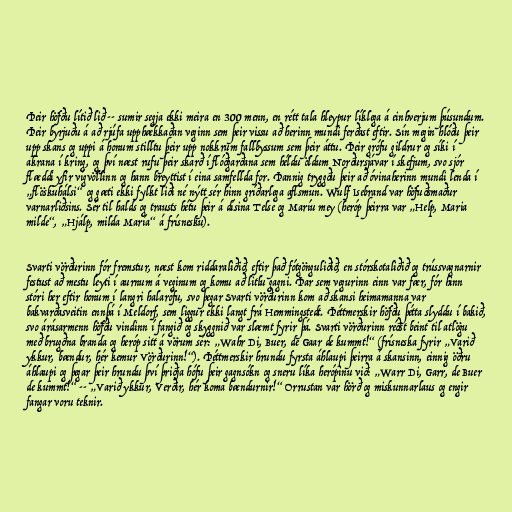
Þeir höfðu lítið lið -- sumir segja ekki meira en 300 menn, en rétt tala hleypur líklega á einhverjum þúsundum.
Þeir byrjuðu á að rjúfa upphækkaðan veginn sem þeir vissu að herinn mundi ferðast eftir. Sín megin hlóðu þeir
upp skans og uppi á honum stilltu þeir upp nokkrum fallbyssum sem þeir áttu. Þeir grófu gildrur og síki í
akrana í kring, og því næst rufu þeir skarð í flóðgarðana sem héldu öldum Norðursjávar í skefjum, svo sjór
flæddi yfir vígvöllinn og hann breyttist í eina samfellda for. Þannig tryggðu þeir að óvinaherinn mundi lenda í
„flöskuhálsi“ og gæti ekki fylkt liði né nýtt sér hinn gríðarlega aflsmun. Wulf Isebrand var höfuðsmaður
varnarliðsins. Sér til halds og trausts hétu þeir á dísina Telse og Maríu mey (heróp þeirra var „Help, Maria
milde“, „Hjálp, milda María“ á frísnesku).

Svarti vörðurinn fór fremstur, næst kom riddaraliðið, eftir það fótgönguliðið, en stórskotaliðið og trússvagnarnir
festust að mestu leyti í aurnum á veginum og komu að litlu gagni. Þar sem vegurinn einn var fær, fór hinn
stóri her eftir honum í langri halarófu, svo þegar Svarti vörðurinn kom að skansi heimamanna var
bakvarðasveitin ennþá í Meldorf, sem liggur ekki langt frá Hemmingstedt. Þéttmerskir höfðu þétta slyddu í bakið,
svo árásarmenn höfðu vindinn í fangið og skyggnið var slæmt fyrir þá. Svarti vörðurinn réðst beint til atlögu
með brugðna branda og heróp sitt á vörum sér: „Wahr Di, Buer, de Gaar de kummt!“ (frísneska fyrir „Varið
ykkur, bændur, hér kemur Vörðurinn!“). Þéttmerskir hrundu fyrsta áhlaupi þeirra á skansinn, einnig öðru
áhlaupi og þegar þeir hrundu því þriðja hófu þeir gagnsókn og sneru líka herópinu við: „Warr Di, Garr, de Buer
de kummt!“ -- „Varið ykkur, Verðir, hér koma bændurnir!“ Orrustan var hörð og miskunnarlaus og engir
fangar voru teknir.